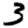
Digit: 3